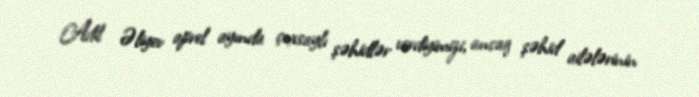
Adil Əliyev aprel ayında çoxsaylı şəhidlər verdiyimizi, ancaq şəhid ailələrinin